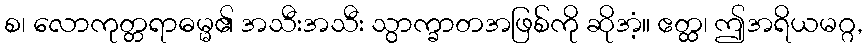
စ၊ လောကုတ္တရာဓမ္မ၏ အသီးအသီး သွာက္ခာတအဖြစ်ကို ဆိုအံ့။ ဧတ္ထ၊ ဤအရိယမဂ္ဂ,